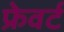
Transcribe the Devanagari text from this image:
फ्रेवर्ट